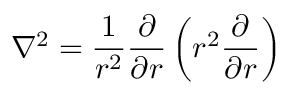
\nabla ^ { 2 } = { \frac { 1 } { r ^ { 2 } } } { \frac { \partial } { \partial r } } \left( r ^ { 2 } { \frac { \partial } { \partial r } } \right)